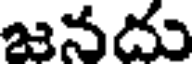
జనదు